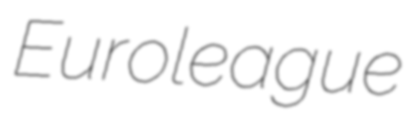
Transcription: Euroleague